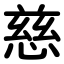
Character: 慈